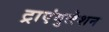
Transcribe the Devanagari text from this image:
ट्राएंगुलेशन